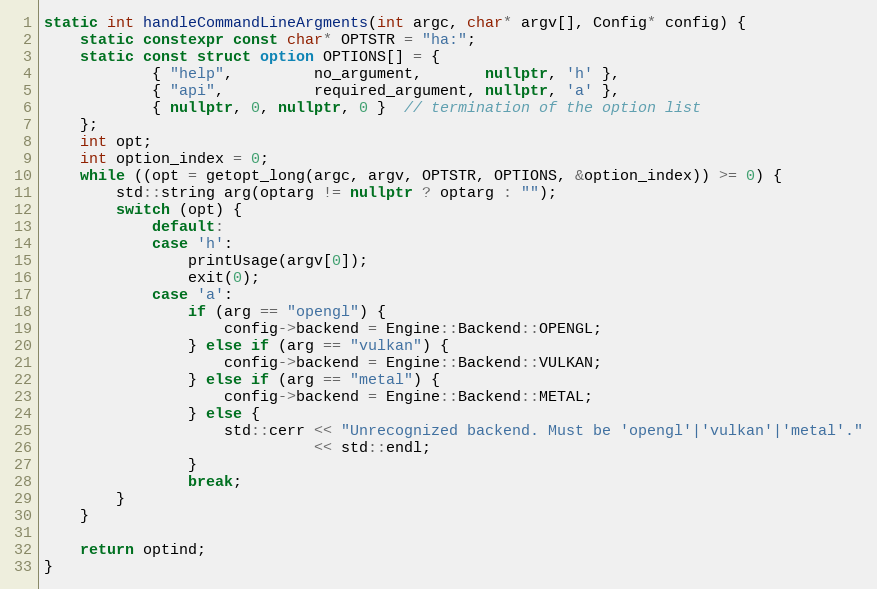
Language: C++
static int handleCommandLineArgments(int argc, char* argv[], Config* config) {
    static constexpr const char* OPTSTR = "ha:";
    static const struct option OPTIONS[] = {
            { "help",         no_argument,       nullptr, 'h' },
            { "api",          required_argument, nullptr, 'a' },
            { nullptr, 0, nullptr, 0 }  // termination of the option list
    };
    int opt;
    int option_index = 0;
    while ((opt = getopt_long(argc, argv, OPTSTR, OPTIONS, &option_index)) >= 0) {
        std::string arg(optarg != nullptr ? optarg : "");
        switch (opt) {
            default:
            case 'h':
                printUsage(argv[0]);
                exit(0);
            case 'a':
                if (arg == "opengl") {
                    config->backend = Engine::Backend::OPENGL;
                } else if (arg == "vulkan") {
                    config->backend = Engine::Backend::VULKAN;
                } else if (arg == "metal") {
                    config->backend = Engine::Backend::METAL;
                } else {
                    std::cerr << "Unrecognized backend. Must be 'opengl'|'vulkan'|'metal'."
                              << std::endl;
                }
                break;
        }
    }

    return optind;
}